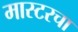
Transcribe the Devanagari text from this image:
मास्टरचा